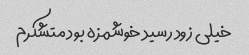
خیلی زود رسید خوشمزه بود متشکرم